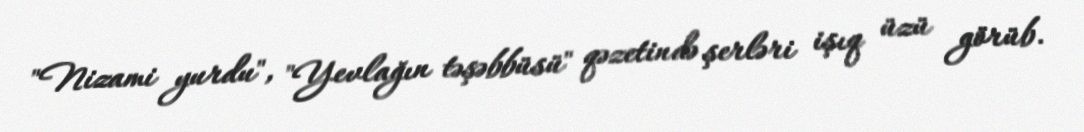
"Nizami yurdu", "Yevlağın təşəbbüsü" qəzetində şerləri işıq üzü görüb.